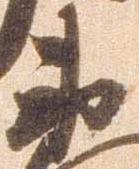
衛